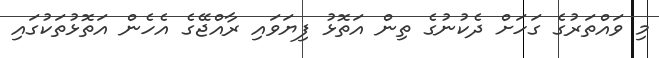
މި ވައްތަރުގެ ގަހަށް ދެކުނުގެ ތިން އަތޮޅު ފިޔަވައި ރާއްޖޭގެ އެހެން އަތޮޅުތަކުގައި